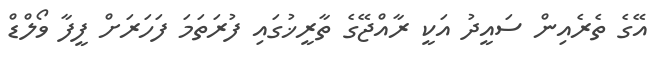
އޭގެ ތެރެއިން ސައީދު އަކީ ރާއްޖޭގެ ތާރީޚުގައި ފުރަތަމަ ފަހަރަށް ފީފާ ވޯލްޑް